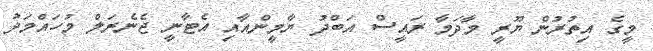
މީގެ އިތުރުން ޔޫރީ މާދަމާ ރައީސް އަބްދު ޔާމީންއާއި އެޓާނީ ޖެނެރަލް މުހައްމަދު